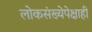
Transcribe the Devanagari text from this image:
लोकसंख्येपेक्षाही